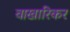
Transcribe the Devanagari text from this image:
वाखारिकर